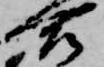
合